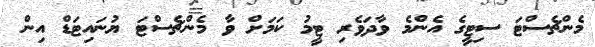
މެންޗެސްޓަ ސިޓީގެ އެންމެ ވާދަވެރި ޓީމު ކަމަށް ވާ މެންޗެސްޓަ ޔުނައިޓަޑް އިން